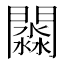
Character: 𨶺